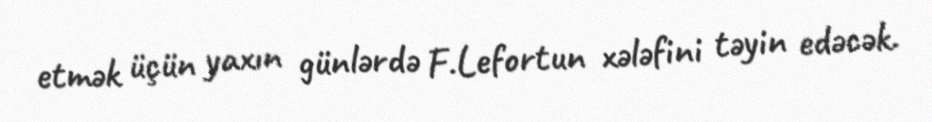
etmək üçün yaxın günlərdə F.Lefortun xələfini təyin edəcək.